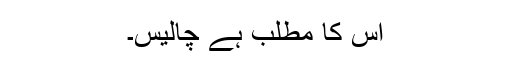
اس کا مطلب ہے چالیس۔